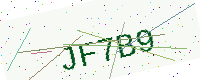
Text: JF7B9